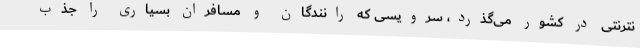
نترنتی در کشور می‌گذرد، سرویسی که رانندگان و مسافران بسیاری را جذب